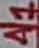
Text: A7